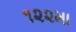
૧૨૨મા